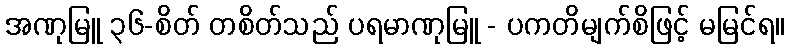
အဏုမြူ ၃၆-စိတ် တစိတ်သည် ပရမာဏုမြူ - ပကတိမျက်စိဖြင့် မမြင်ရ။